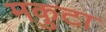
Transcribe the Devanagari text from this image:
मकुटा